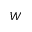
W